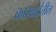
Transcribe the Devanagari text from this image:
कारवाईतील